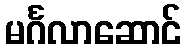
မင်္ဂလာဆောင်